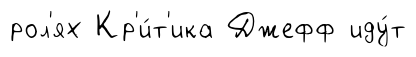
рол'ях Кр'и́т'ика Джефф иду́т